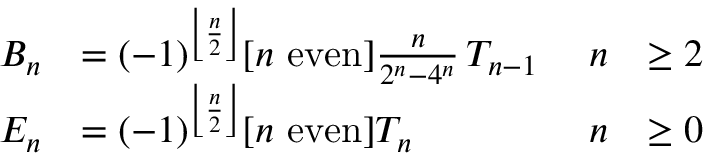
{ \begin{array} { r l r l } { B _ { n } } & { = ( - 1 ) ^ { \left\lfloor { \frac { n } { 2 } } \right\rfloor } [ n { \mathrm { ~ e v e n } } ] { \frac { n } { 2 ^ { n } - 4 ^ { n } } } \, T _ { n - 1 } \ } & { n } & { \geq 2 } \\ { E _ { n } } & { = ( - 1 ) ^ { \left\lfloor { \frac { n } { 2 } } \right\rfloor } [ n { \mathrm { ~ e v e n } } ] T _ { n } } & { n } & { \geq 0 } \end{array} }